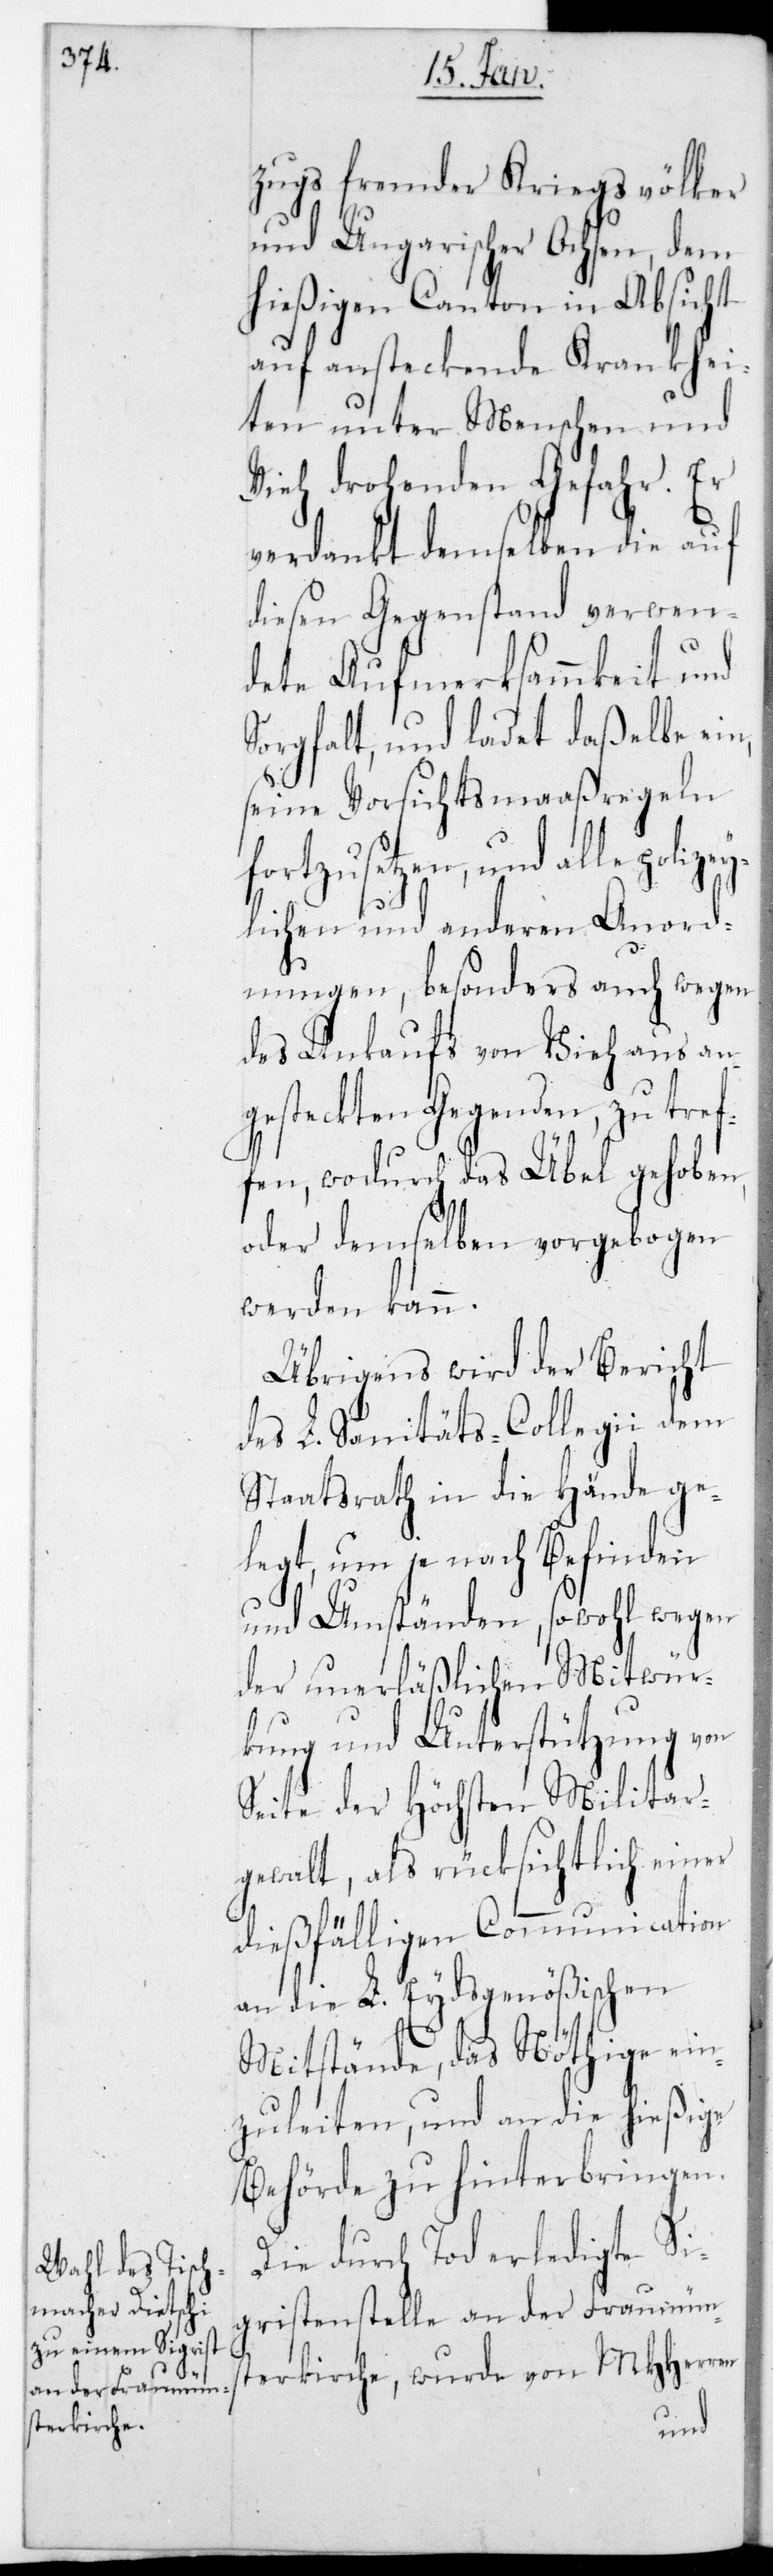
zugs fremder Kriegsvölker
und Ungarischer Ochsen, dem
hießigen Canton in Absicht
auf ansteckende Krankhei¬
ten unter Menschen und
Vieh drohenden Gefahr. Er
verdankt demselben die auf
diesen Gegenstand verwen¬
dete Aufmerksammkeit und
Sorgfalt, und ladet daßelbe ein,
seine Vorsichtsmaaßregeln
nd alle polizey¬
lichen und anderen Anord¬
nungen, besonders auch wegen
des Ankaufs von Vieh aus an¬
gesteckten Gegenden, zu tref¬
fen, wodurch das Übel gehoben,
oder demselben vorgebogen
werden kann.
Übrigens wird der Bericht
des L. Santätscollegii dem
Staatsrath in die Hände ge¬
legt, um je nach Befinden
und Umständen, sowohl wegen
der unerläßlichen Mitwür¬
kung und Unterstützung von
Seite der höchsten Militar¬
gewalt, als rücksichtlich einer
dießfälligen Communication
an die L. Eydsgenößischen
Mitstände, das Nöthige ein¬
zuleiten, und an die hießige
Behörde zu hinterbringen.
Die durch Tod erledigte Si¬
gristenstelle an der Fraumüns¬
terkirche, wurde von MHHerren